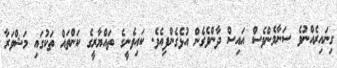
ގިނައިރެއްނުވެ ސަނާމެންވެސް އައިސް ދާންވެގެން އުޅެގެންފިއެވެ. ކައިވެނީގެ ތައްޔާރީގެ ކަންތައް ތަކުގައި މަޝްވަރާ